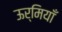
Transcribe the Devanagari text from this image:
ऊर्मियाँ